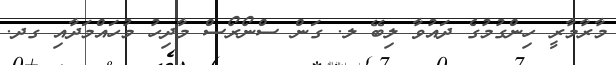
މާރާމާރީ ހިންގުމުގެ ދައުވާ ލިބޭ ލ. ގަން ސްނޯރޯސް މާދިހު މުހައްމަދާއި ގދ.